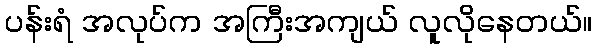
ပန်းရံ အလုပ်က အကြီးအကျယ် လူလိုနေတယ်။